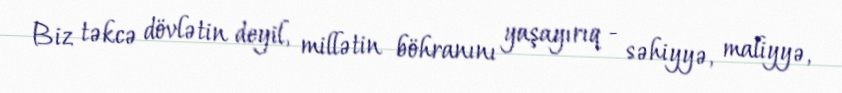
Biz təkcə dövlətin deyil, millətin böhranını yaşayırıq - səhiyyə, maliyyə,